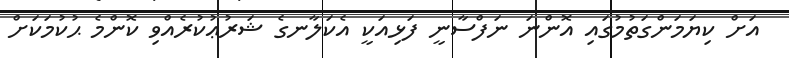
އަށް ކިޔަމަންގަތުމުގައި އޮންނަ ނަފްސާނީ ފަޅިއަކީ އެކަލާނގެ ޝަރުޢުކުރެއްވި ކޮންމެ ޙުކުމަކަށް